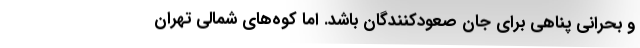
و بحرانی پناهی برای جان صعودکنندگان باشد. اما کوه‌های شمالی تهران